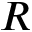
R